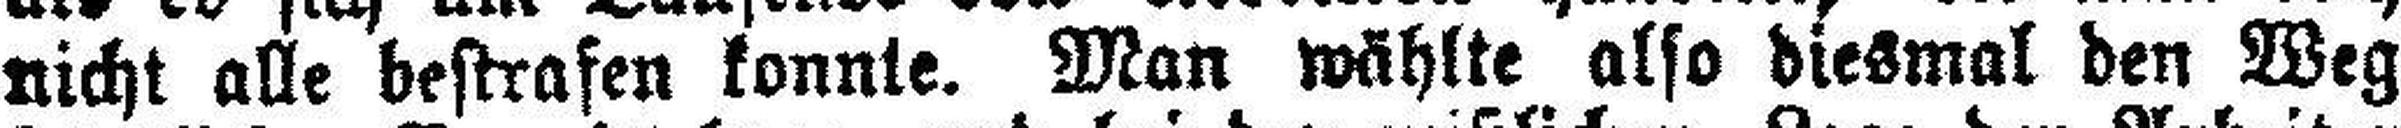
nicht alle bestrafen konnte. Man wählte also diesmal den Weg